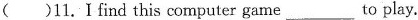
( )11.I find this computer game___to play.